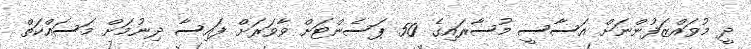
ދީ މުވައްޒަފުންނަށް އަސާސީ މުސާރައިގެ 50 ޕަސެންޓަށް ވާވަރަށް ފައިސާ ދިނުމަށް މަސައްކަތް